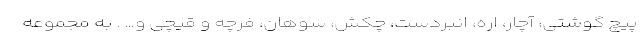
پیچ گوشتی، آچار، اره، انبردست، چکش، سوهان، فرچه و قیچی و… . به مجموعه